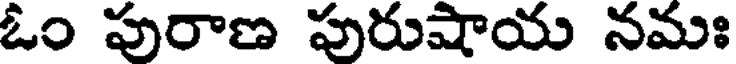
ఓం పురాణ పురుషాయ నమః